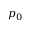
p _ { 0 }